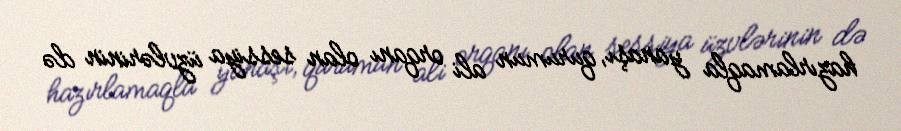
hazırlamaqla yanaşı, qurumun ali orqanı olan sessiya üzvlərinin də